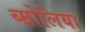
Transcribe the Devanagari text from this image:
ब्म्रोलिया